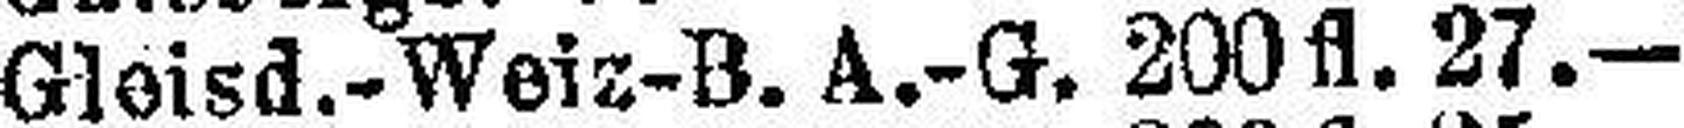
Gloisd.-Weiz-B. A.-G. 200 fl. 27.—